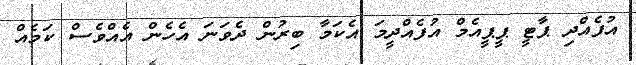
އުފެއްދި ޕާޓީ ޕީޕީއެމް އުފެއްދީމަ އެކަމާ ބިރުން ދެވަނަ އެހެން އެއްވެސް ކަމެއް